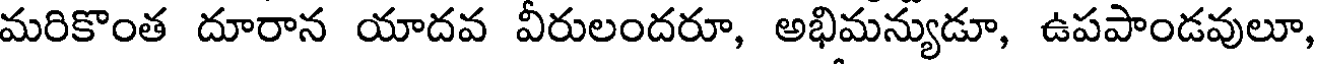
మరికొంత దూరాన యాదవ వీరులందరూ, అభిమన్యుడూ, ఉపపాండవులూ,